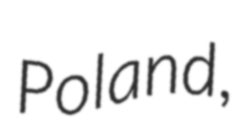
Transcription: Poland,